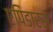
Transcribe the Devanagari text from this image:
एपिडारस